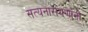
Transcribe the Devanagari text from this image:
सत्यनारायणांनी